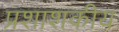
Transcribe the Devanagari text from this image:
प्रशाशकीय